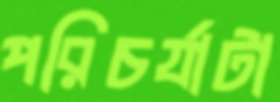
পরিচর্যাটা